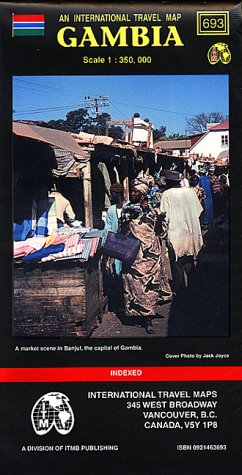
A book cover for Gambia Map; Travel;